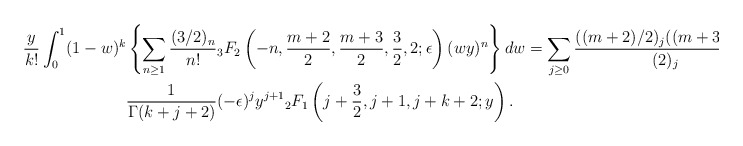
\begin{align*}\frac{y}{k!}\int_0^1 (1-w)^{k} &\left\{\sum_{n \geq 1}\frac{(3/2)_n}{n!}{}_3F_2\left(-n, \frac{m+2}{2}, \frac{m+3}{2}, \frac{3}{2}, 2; \epsilon\right)(wy)^{n}\right\} dw = \sum_{j \geq 0}\frac{((m+2)/2)_j((m+3)/2)_j}{(2)_j}\\& \frac{1}{\Gamma(k+j+2)} (-\epsilon)^{j} y^{j+1}{}_2F_1\left(j+\frac{3}{2}, j+1, j+k+2; y\right).\end{align*}